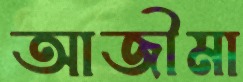
আজীমা